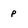
Character: p